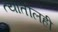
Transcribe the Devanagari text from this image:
त्यातीलही